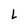
Character: L